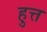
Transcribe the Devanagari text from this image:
हुत्त